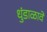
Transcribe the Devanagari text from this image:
धुंडाळावे